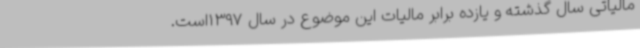
مالیاتی سال گذشته و یازده برابر مالیات این موضوع در سال 1397است.